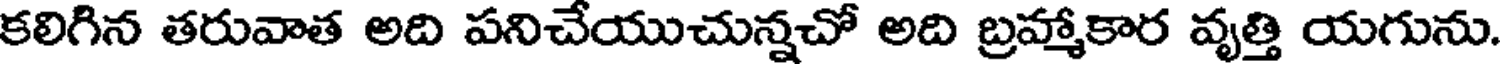
కలిగిన తరువాత అది పనిచేయుచున్నచో అది బ్రహ్మాకార వృత్తి యగును.